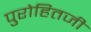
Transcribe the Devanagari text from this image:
पुरोहितजी